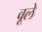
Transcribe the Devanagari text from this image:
वूले